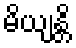
မိယျန္တိ